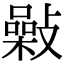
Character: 𢿾